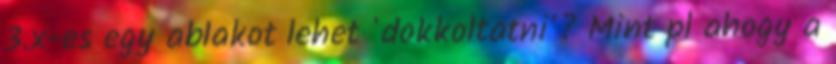
3.x-es egy ablakot lehet 'dokkoltatni'? Mint pl ahogy a